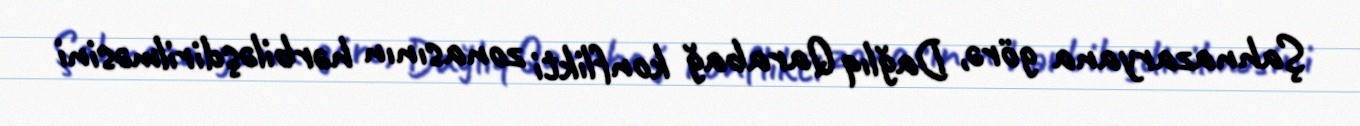
Şahnazaryana görə, Dağlıq Qarabağ konflikti zonasının hərbiləşdirilməsini